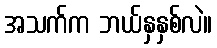
အသက်က ဘယ်နှနှစ်လဲ။